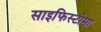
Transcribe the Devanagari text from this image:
साइफिस्टोमा